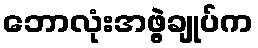
ဘောလုံးအဖွဲ့ချုပ်က